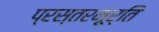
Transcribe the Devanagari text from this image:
प्रस्तरमूर्ति